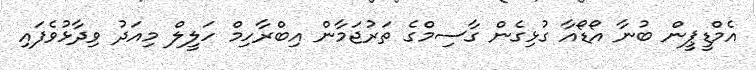
އެމްޑީޕީން ބުނާ އޯޑޯއާ ގުޅިގެން ގާސިމްގެ ތަރުޖަމާން އިބްރާހިމް ހަލީލް މިއަދު ވިދާޅުވެފައި